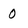
Character: 0